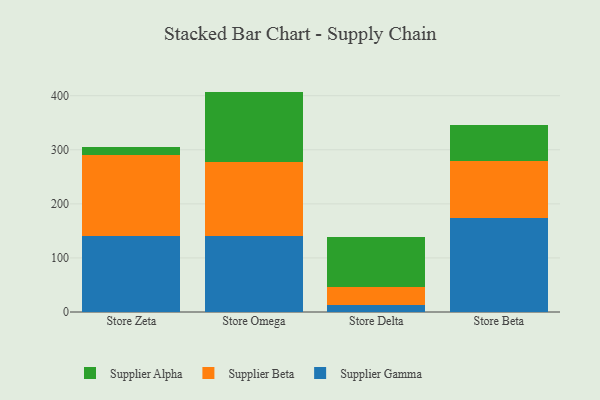
{"axis": {"x": "Store", "y": "Gross Profit (USD K)"}, "legend": ["Supplier Alpha", "Supplier Beta", "Supplier Gamma"], "data": [{"x": "Store Zeta", "y": 139.8, "type": "Supplier Gamma"}, {"x": "Store Zeta", "y": 150.7, "type": "Supplier Beta"}, {"x": "Store Zeta", "y": 15.3, "type": "Supplier Alpha"}, {"x": "Store Omega", "y": 141.2, "type": "Supplier Gamma"}, {"x": "Store Omega", "y": 135.7, "type": "Supplier Beta"}, {"x": "Store Omega", "y": 130.7, "type": "Supplier Alpha"}, {"x": "Store Delta", "y": 13.4, "type": "Supplier Gamma"}, {"x": "Store Delta", "y": 33.7, "type": "Supplier Beta"}, {"x": "Store Delta", "y": 91.7, "type": "Supplier Alpha"}, {"x": "Store Beta", "y": 173.1, "type": "Supplier Gamma"}, {"x": "Store Beta", "y": 106.6, "type": "Supplier Beta"}, {"x": "Store Beta", "y": 67.0, "type": "Supplier Alpha"}]}